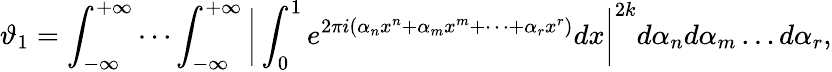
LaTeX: \vartheta_{1}=\int_{-\infty}^{+\infty}\cdots\int_{-\infty}^{+\infty}{\biggl|}\int_{0}^{1}e^{2\pi i(\alpha_{n}x^{n}+\alpha_{m}x^{m}+\cdots+\alpha_{r}x^{r})}dx{\biggr|}^{2k}d\alpha_{n}d\alpha_{m}\ldots d\alpha_{r},